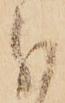
分